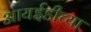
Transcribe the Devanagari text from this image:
आयईडीच्या